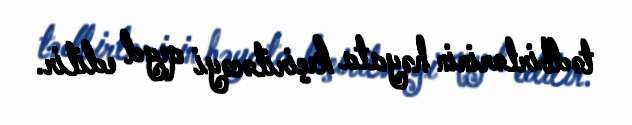
tədbirlərinin həyata keçiriləcəyi qeyd edilir.